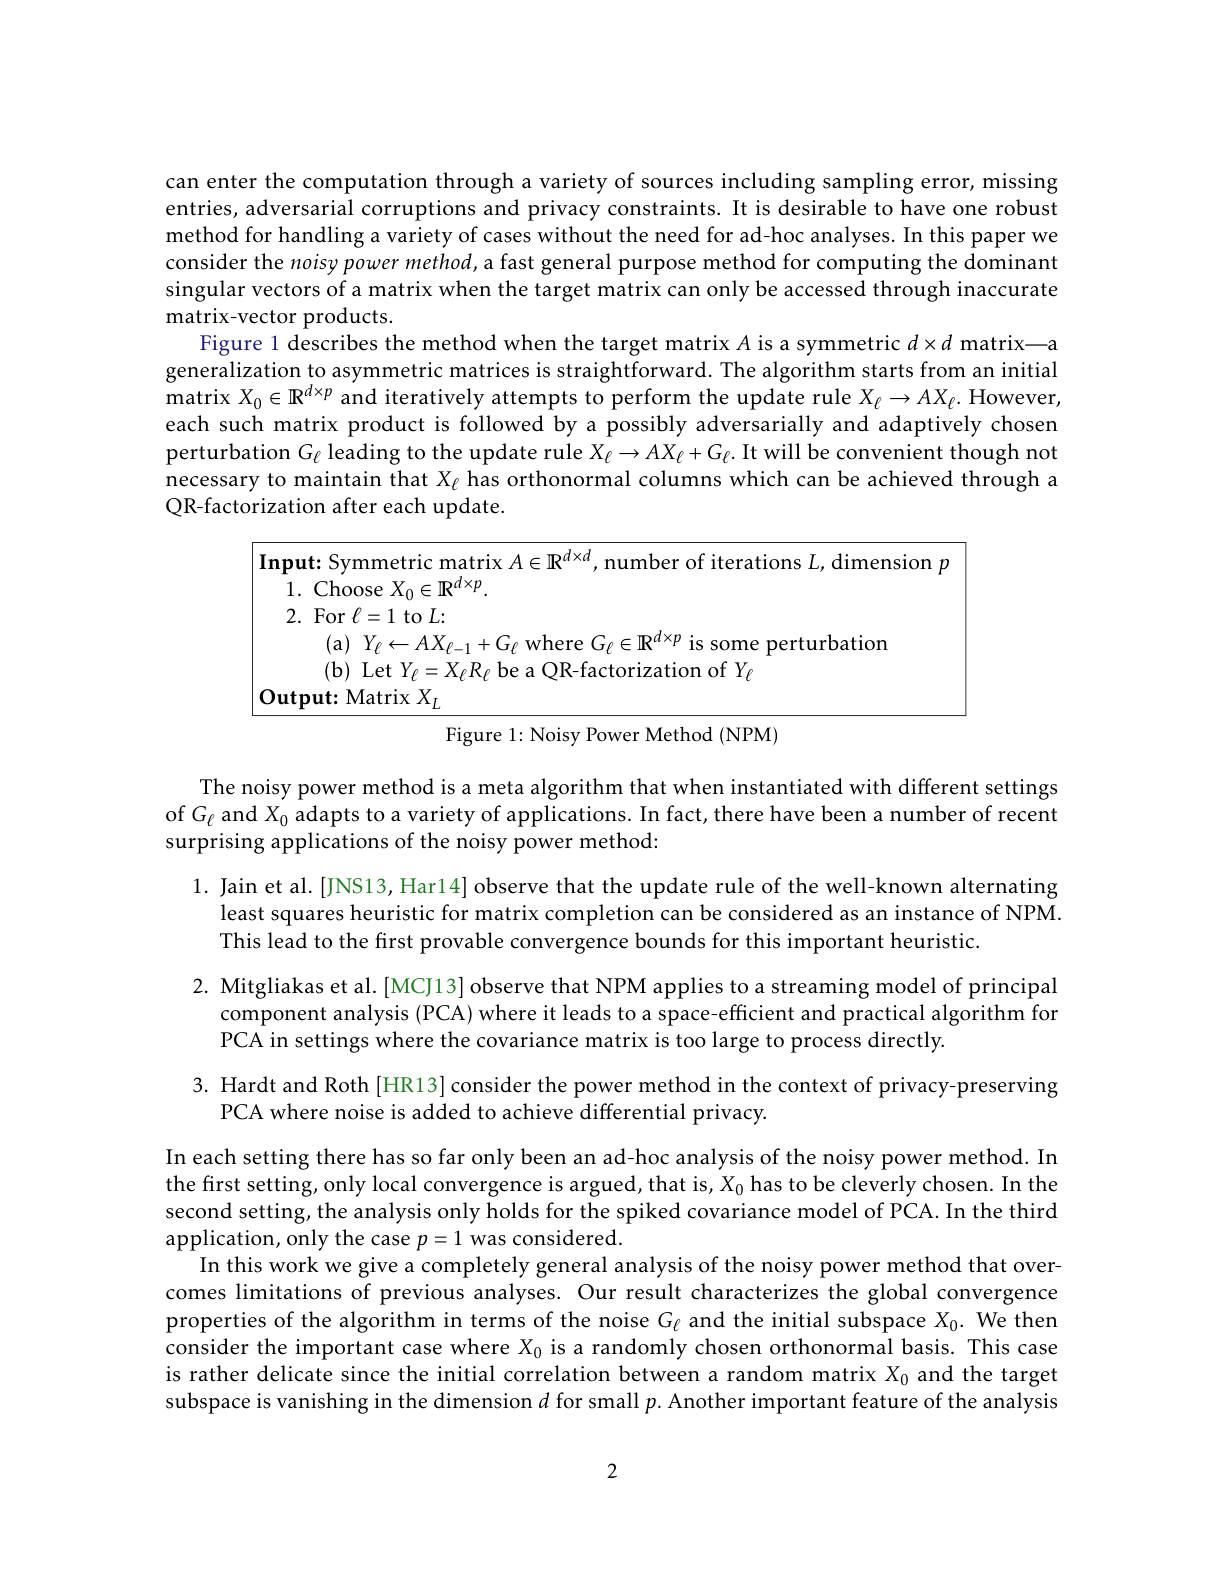
can enter the computation through a variety of sources including sampling error, missing entries, adversarial corruptions and privacy constraints. It is desirable to have one robust method for handling a variety of cases without the need for ad-hoc analyses. In this paper we consider the noisy power method, a fast general purpose method for computing the dominant singular vectors of a matrix when the target matrix can only be accessed through inaccurate ${\mathrm{matrix-vector~products.}}$
Figure 1 describes the method when the target matrix $A$ is a symmetric $d\times d$ matrix—a generalization to asymmetric matrices is straightforward. The algorithm starts from an initial matrix $X_0\in \mathbb{R} ^{d\times p}$ and iteratively attempts to perform the update rule $X_\ell\to AX_\ell.$ However, each such matrix product is followed by a possibly adversarially and adaptively chosen perturbation $G_\ell$ leading to the update rule $X_\ell\to AX_\ell+G_\ell.$ It will be convenient though not necessary to maintain that $X_{\ell}$ has orthonormal columns which can be achieved through a QR-factorization after each update

$\left|\textbf{Input: Symmetric matrix }A\in\mathbb{R}^{d\times d},\text{number of iterations }L,\text{dimension }p\right|$

1. Choose $X_0\in\mathbf{R}^d\times p.$

2. For $\ell=1$ to $L:$

$\begin{array}{ll}{\mathrm{(a)}}&{{Y_{\ell}\leftarrow AX_{\ell-1}+G_{\ell}\mathrm{~where~}G_{\ell}\in\mathbb{R}^{d\times p}\mathrm{~is~some~perturbation}}\\{\mathrm{(b)~Let~}Y_{\ell}=X_{\ell}R_{\ell}\mathrm{~be~a~QR-factorization~of~}Y_{\ell}}\end{array}}$

$\underline{\mathrm{Output:~Matrix~}X_L}$

Figure 1: Noisy Power Method (NPM)

The noisy power method is a meta algorithm that when instantiated with different settings of $G_\ell$ and $X_0$ adapts to a variety of applications. In fact, there have been a number of recent surprising applications of the noisy power method:
1. Jain et al.[JNS13, Har14] observe that the update rule of the well-known alternating
least squares heuristic for matrix completion can be considered as an instance of NPM.
This lead to the first provable convergence bounds for this important heuristic
2. Mitgliakas et al. [MCJ13] observe that NPM applies to a streaming model of principal
component analysis (PCA) where it leads to a space-efficient and practical algorithm for
PCA in settings where the covariance matrix is too large to process directly.

3. Hardt and Roth[HR13] consider the power method in the context of privacy-preserving
PCA where noise is added to achieve differential privacy.

In each setting there has so far only been an ad-hoc analysis of the noisy power method. In the first setting, only local convergence is argued, that is, $X_0$ has to be cleverly chosen. In the second setting, the analysis only holds for the spiked covariance model of PCA. In the third application, only the case $p=1$ was considered.
In this work we give a completely general analysis of the noisy power method that overcomes limitations of previous analyses. Our result characterizes the global convergence properties of the algorithm in terms of the noise $G_\ell$ and the initial subspace $X_0.$ We then consider the important case where $X_0$ is a randomly chosen orthonormal basis. This case is rather delicate since the initial correlation between a random matrix $X_{0}$ and the target subspace is vanishing in the dimension $d$ for small $p.$ Another important feature of the analysis

2